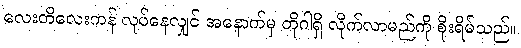
လေးတိလေးကန် လုပ်နေလျှင် အနောက်မှ တိုဂါရှိ လိုက်လာမည်ကို စိုးရိမ်သည်။